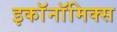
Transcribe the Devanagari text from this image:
इकाॅनाॅमिक्स